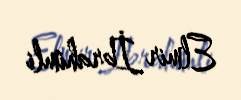
Elmir İbrahimli